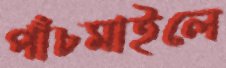
পাঁচমাইলে